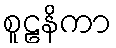
စူဠနိကာ